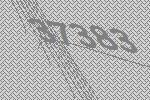
37383